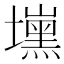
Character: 𰊾